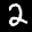
Label: 2